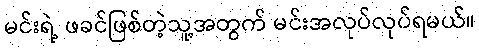
မင်းရဲ့ ဖခင်ဖြစ်တဲ့သူ့အတွက် မင်းအလုပ်လုပ်ရမယ်။